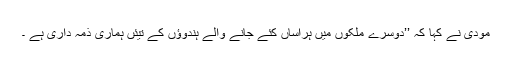
مودی نے کہا کہ ’’دوسرے ملکوں میں ہراساں کئے جانے والے ہندوؤں کے تیئں ہماری ذمہ داری ہے ۔